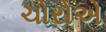
ચોરોએ